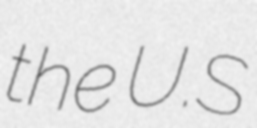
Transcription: the U.S